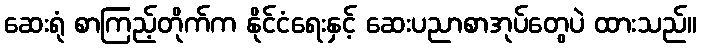
ဆေးရုံ စာကြည့်တိုက်က နိုင်ငံရေးနှင့် ဆေးပညာစာအုပ်တွေပဲ ထားသည်။